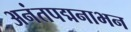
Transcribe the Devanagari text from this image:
अनंतपद्मनाभन